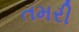
તમરી